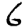
Digit: 6